Observations on rabies - Number 36
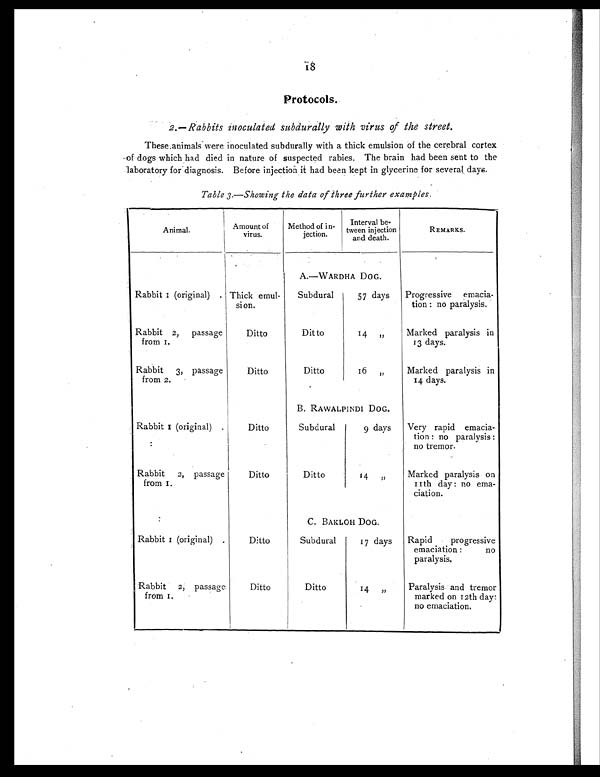
Protocols .
2.— Rabbits inoculated subdurally with virus of the street .
These.animals were inoculated subdurally with a thick emulsion of the cerebral cortex
of dogs which had died in nature of suspected rabies. The brain had been sent to the
laboratory for diagnosis. Before injection it had been kept in glycerine for several days.
Table 3.—Showing the data of three further examples .
Animal.
Amount of
virus.
Method of in-
jection.
Interval be-
tween injection
and death.
REMARKS.
A.—WARDHA DOG.
Rabbit 1 (original) Thick emul-
sion.
Subdural
57 days
Progressive emacia-
tion : no paralysis.
Rabbit 2, passage
from 1.
Ditto
Ditto
14 ,,
Marked paralysis in
13 days.
Rabbit 3, passage
from 2.
Ditto
Ditto
1 6 , ,
Marked paralysis in
14 days.
B. RAWALPINDI DOG.
Rabbit 1 (original)
Ditto
Subdural
9 days
Very rapid emacia-
tion : no paralysis :
no tremor.
Rabbit 2, passage
from 1.
Ditto
Ditto
14 ,,
Marked paralysis on
11th day : no ema-
ciation.
C. BAKLOH DOG.
Rabbit 1 (original)
Ditto
Subdural
17 days
Rapid progressive
emaciation : no
paralysis.
Rabbit 2, passage
from 1.
Ditto
Ditto
14 „
Paralysis and tremor
marked on 12th day:
no emaciation.